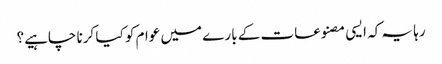
رہا یہ کہ ایسی مصنوعات کے بارے میں عوام کو کیا کرنا چاہیے؟